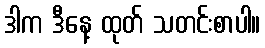
ဒါက ဒီနေ့ ထုတ် သတင်းစာပါ။